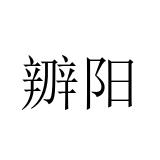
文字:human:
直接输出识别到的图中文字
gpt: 辧阳